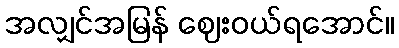
အလျှင်အမြန် ဈေးဝယ်ရအောင်။